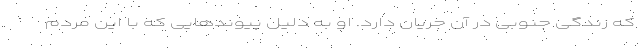
که زندگی جنوبی در آن جریان دارد. او به دلیل پیوند‌هایی که با این مردم